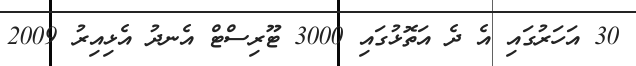
30 އަހަރުގައި އެ ދެ އަތޮޅުގައި 3000 ޓޫރިސްޓް އެނދު އެޅިއިރު 2009